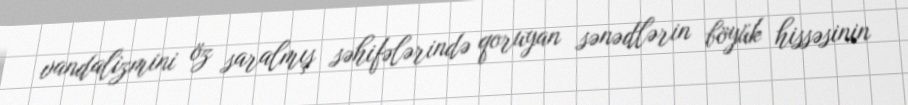
vandalizmini öz saralmış səhifələrində qoruyan sənədlərin böyük hissəsinin